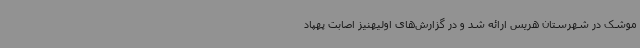
موشک در شهرستان هریس ارائه شد و در گزارش‌های اولیهنیز اصابت پهپاد